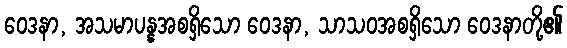
ဝေဒနာ, အသမာပန္နအစရှိသော ဝေဒနာ, သာသဝအစရှိသော ဝေဒနာတို့၏